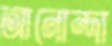
আনোন্দা